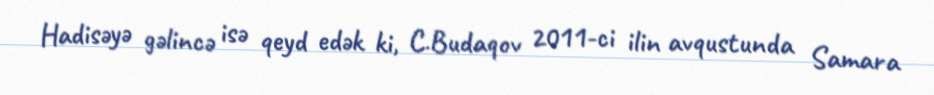
Hadisəyə gəlincə isə qeyd edək ki, C.Budaqov 2011-ci ilin avqustunda Samara